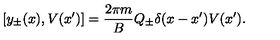
[ y _ { \pm } ( x ) , V ( x ^ { \prime } ) ] = { \frac { 2 \pi m } { B } } Q _ { \pm } \delta ( x - x ^ { \prime } ) V ( x ^ { \prime } ) .